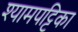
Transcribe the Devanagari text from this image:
श्यामपट्टिका